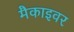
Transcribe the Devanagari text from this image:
मैकाइवर